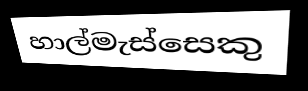
හාල්මැස්සෙකු